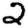
Digit: 2